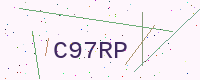
Text: C97RP